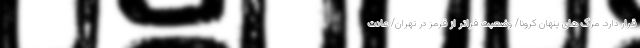
قرار دارد. مرگ های پنهان کرونا/ وضعیت فراتر از قرمز در تهران/ عادت